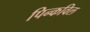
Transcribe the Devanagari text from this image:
पिन्कविल